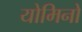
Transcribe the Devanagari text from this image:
योमिनो